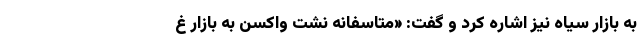
به بازار سیاه نیز اشاره کرد و گفت: «متاسفانه نشت واکسن به بازار غ